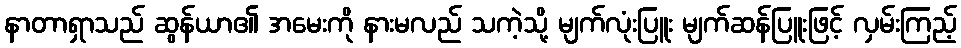
နာတာရှာသည် ဆွန်ယာ၏ အမေးကို နားမလည် သကဲ့သို့ မျက်လုံးပြူး မျက်ဆန်ပြူးဖြင့် လှမ်းကြည့်